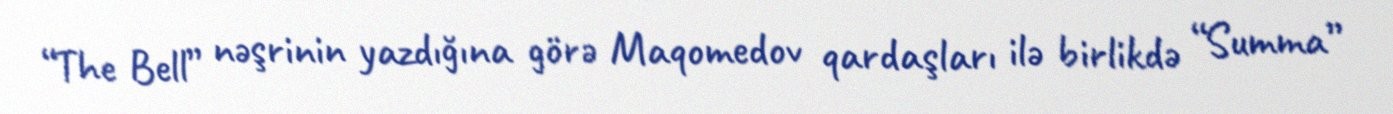
“The Bell” nəşrinin yazdığına görə Maqomedov qardaşları ilə birlikdə “Summa”